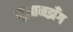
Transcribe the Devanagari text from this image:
सुआनझँग